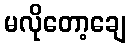
မလိုတော့ချေ